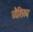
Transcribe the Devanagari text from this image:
व्यैशिठ्य